Annual report on the Civil Veterinary Department, Burma (including the Insein Veterinary School) - 1910-1922
Year: 1910
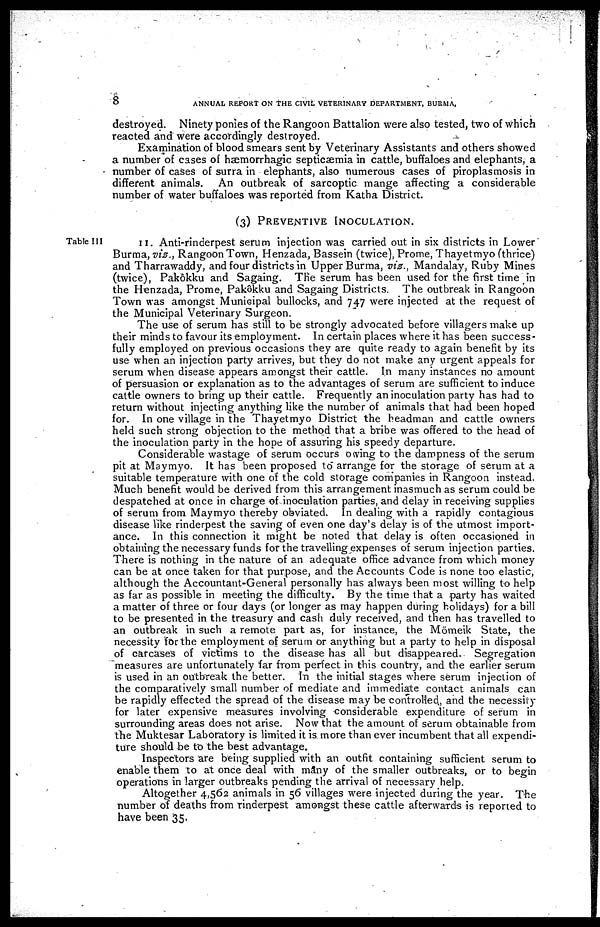
8
ANNUAL REPORT ON THE CIVIL VETERINARY DEPARTMENT, BURMA,
destroyed. Ninety ponies of the Rangoon Battalion were also tested, two of which
reacted and were accordingly destroyed.
Examination of blood smears sent by Veterinary Assistants and others showed
a number of cases of hæmorrhagic septicaemia in cattle, buffaloes and elephants, a
number of cases of surra in elephants, also numerous cases of piroplasmosis in
different animals. An outbreak of sarcoptic mange affecting a considerable
number of water buffaloes was reported from Katha District.
(3)
PREVENTIVE
INOCULATION.
Table III
11. Anti-rinderpest serum injection was carried out in six districts in Lower
Burma, viz., Rangoon Town, Henzada, Bassein (twice), Prome, Thayetmyo (thrice)
and Tharrawaddy, and four districts in Upper Burma, viz., Mandalay, Ruby Mines
(twice), Pakôkku and Sagaing. The serum has been used for the first time in
the Henzada, Prome, Pakôkku and Sagaing Districts. The outbreak in Rangoon
Town was amongst Municipal bullocks, and 747 were injected at the request of
the Municipal Veterinary Surgeon.
The use of serum has still to be strongly advocated before villagers make up
their minds to favour its employment. In certain places where it has been success-
fully employed on previous occasions they are quite ready to again benefit by its
use when an injection party arrives, but they do not make any urgent appeals for
serum when disease appears amongst their cattle. In many instances no amount
of persuasion or explanation as to the advantages of serum are sufficient to induce
cattle owners to bring up their cattle. Frequently an inoculation party has had to
return without injecting anything like the number of animals that had been hoped
for. In one village in the Thayetmyo District the headman and cattle owners
held such strong objection to the method that a bribe was offered to the head of
the inoculation party in the hope of assuring his speedy departure.
Considerable wastage of serum occurs owing to the dampness of the serum
pit at Maymyo. It has been proposed to" arrange for the storage of serum at a
suitable temperature with one of the cold storage companies in Rangoon instead.
Much benefit would be derived from this arrangement inasmuch as serum could be
despatched at once in charge of inoculation parties, and delay in receiving supplies
of serum from Maymyo thereby obviated. In dealing with a rapidly contagious
disease like rinderpest the saving of even one day's delay is of the utmost import-
ance. In this connection it might be noted that delay is often occasioned in
obtaining the necessary funds for the travelling expenses of serum injection parties.
There is nothing in the nature of an adequate office advance from which money
can be at once taken for that purpose, and the Accounts Code is none too elastic,
although the Accountant-General personally has always been most willing to help
as far as possible in meeting the difficulty. By the time that a party has waited
a matter of three or four days (or longer as may happen during holidays) for a bill
to be presented in the treasury and cash duly received, and then has travelled to
an outbreak in such a remote part as, for instance, the Mömeik State, the
necessity for the employment of serum or anything but a party to help in disposal
of carcases of victims to the disease has all but disappeared. Segregation
measures are unfortunately far from perfect in this country, and the earlier serum
is used in an outbreak the better. In the initial stages where serum injection of
the comparatively small number of mediate and immediate contact animals can
be rapidly effected the spread of the disease may be controlled, and the necessiiy
for later expensive measures involving considerable expenditure of serum in
surrounding areas does not arise. Now that the amount of serum obtainable from
the Muktesar Laboratory is limited it is more than ever incumbent that all expendi-
ture should be to the best advantage.
Inspectors are being supplied with an outfit containing sufficient serum to
enable them to at once deal with many of the smaller outbreaks, or to begin
operations in larger outbreaks pending the arrival of necessary help.
Altogether 4,562 animals in 56 villages were injected during the year. The
number of deaths from rinderpest amongst these cattle afterwards is reported to
have been 35.